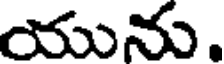
యును.